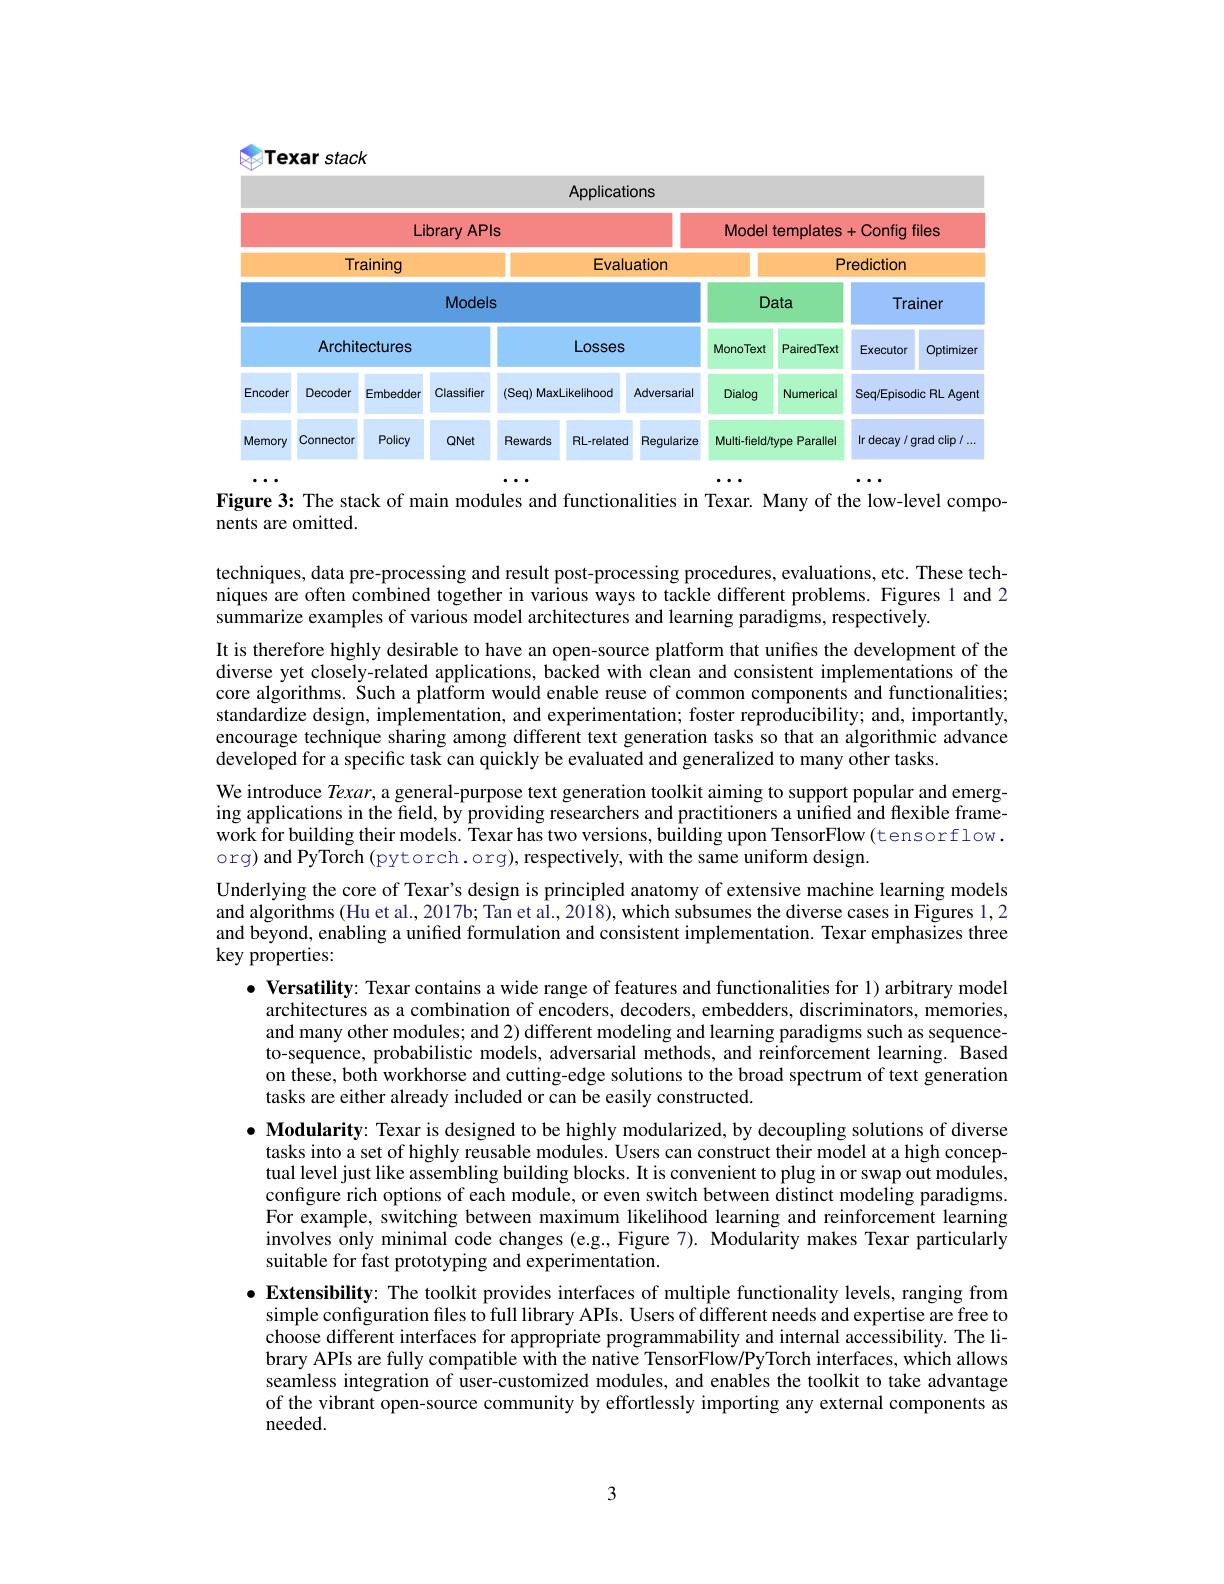
Texar stack

<FigureHere>
$\bullet\bullet\bullet$
$\cdots\cdots$
$\cdots\cdots$

Figure 3: The stack of main modules and functionalities in Texar. Many of the low-level compo-
nents are omitted.

techniques, data pre-processing and result post-processing procedures, evaluations, etc. These techniques are often combined together in various ways to tackle different problems. Figures 1 and 2 summarize examples of various model architectures and learning paradigms, respectively.
It is therefore highly desirable to have an open-source platform that unifies the development of the diverse yet closely-related applications, backed with clean and consistent implementations of the core algorithms. Such a platform would enable reuse of common components and functionalities; standardize design, implementation, and experimentation; foster reproducibility; and, importantly, encourage technique sharing among different text generation tasks so that an algorithmic advance developed for a specific task can quickly be evaluated and generalized to many other tasks.
We introduce Texar, a general-purpose text generation toolkit aiming to support popular and emerging applications in the field, by providing researchers and practitioners a unified and flexible framework for building their models. Texar has two versions, building upon TensorFlow(tensorflow. org) and PyTorch (pytorch.org), respectively, with the same uniform design.
Underlying the core of Texar's design is principled anatomy of extensive machine learning models and algorithms (Hu et al., 2017b; Tan et al., 2018), which subsumes the diverse cases in Figures 1,2 and beyond, enabling a unified formulation and consistent implementation. Texar emphasizes three key properties:
$\bullet$ Versatility: Texar contains a wide range of features and functionalities for 1) arbitrary model
architectures as a combination of encoders, decoders, embedders, discriminators, memories, and many other modules; and 2) different modeling and learning paradigms such as sequenceto-sequence, probabilistic models, adversarial methods, and reinforcement learning. Based on these, both workhorse and cutting-edge solutions to the broad spectrum of text generation tasks are either already included or can be easily constructed.
$\bullet$ Modularity: Texar is designed to be highly modularized, by decoupling solutions of diverse tasks into a set of highly reusable modules. Users can construct their model at a high conceptual level just like assembling building blocks. It is convenient to plug in or swap out modules, configure rich options of each module, or even switch between distinct modeling paradigms. For example, switching between maximum likelihood learning and reinforcement learning involves only minimal code changes (e.g., Figure 7). Modularity makes Texar particularly suitable for fast prototyping and experimentation.
$\bullet$ Extensibility: The toolkit provides interfaces of multiple functionality levels, ranging from
simple configuration files to full library APIs. Users of different needs and expertise are free to choose different interfaces for appropriate programmability and internal accessibility. The library APIs are fully compatible with the native TensorFlow/PyTorch interfaces, which allows seamless integration of user-customized modules, and enables the toolkit to take advantage of the vibrant open-source community by effortlessly importing any external components as ${\mathrm{needed.}}$

3